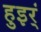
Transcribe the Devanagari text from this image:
हुइर्ं